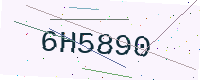
Text: 6H5890